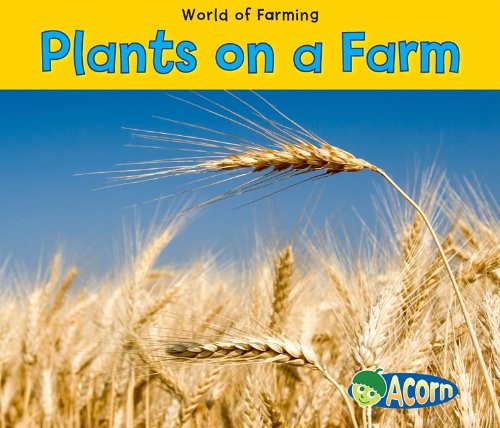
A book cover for Plants on a Farm (World of Farming); Nancy Dickmann; Children's Books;